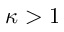
\kappa > 1